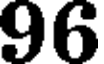
96